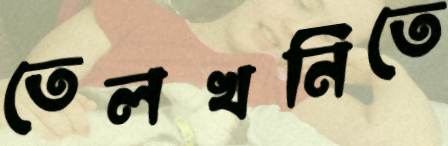
তেলখনিতে